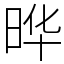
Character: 晔